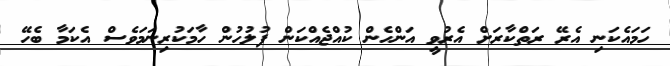
ހަމައެކަނި އެރޭ ރަތްކާރަށް އެރުވީ އަންހެން ކުއްޖެއްކަން ފުލުހުން ހާމަކުރިނަމަވެސް އެކަމާ ބެހޭ